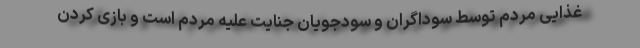
غذایی مردم توسط سوداگران و سودجویان جنایت علیه مردم است و بازی کردن